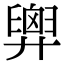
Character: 𢍱